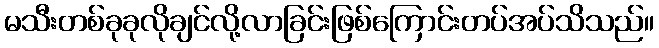
မသီးတစ်ခုခုလိုချင်လို့လာခြင်းဖြစ်ကြောင်းတပ်အပ်သိသည်။